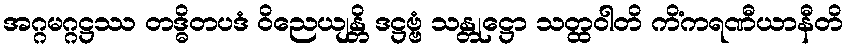
အဂ္ဂမဂ္ဂဋ္ဌဿ တဒ္ဓိတပဒံ ဝိညေယျန္တိ ဒဋ္ဌဗ္ဗံ သန္တုဋ္ဌော သတ္ထဝါတိ ကိံကရဏီယာနီတိ